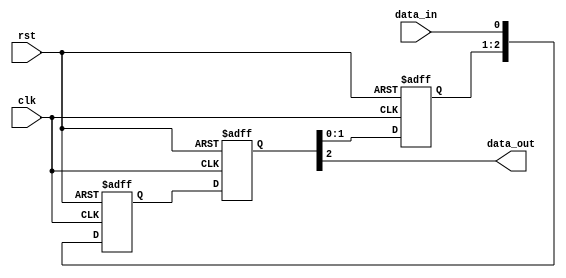
module cascade_sync (
    input wire clk,
    input wire rst,
    input wire data_in,
    output reg data_out
);

reg [2:0] ff1, ff2, ff3;

always @ (posedge clk or posedge rst) begin
    if (rst) begin
        ff1 <= 3'b0;
        ff2 <= 3'b0;
        ff3 <= 3'b0;
    end else begin
        ff1 <= {ff2, data_in};
        ff2 <= ff3;
        ff3 <= ff1;
    end
end

assign data_out = ff3[2];

endmodule